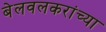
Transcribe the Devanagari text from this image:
बेलवलकरांच्या